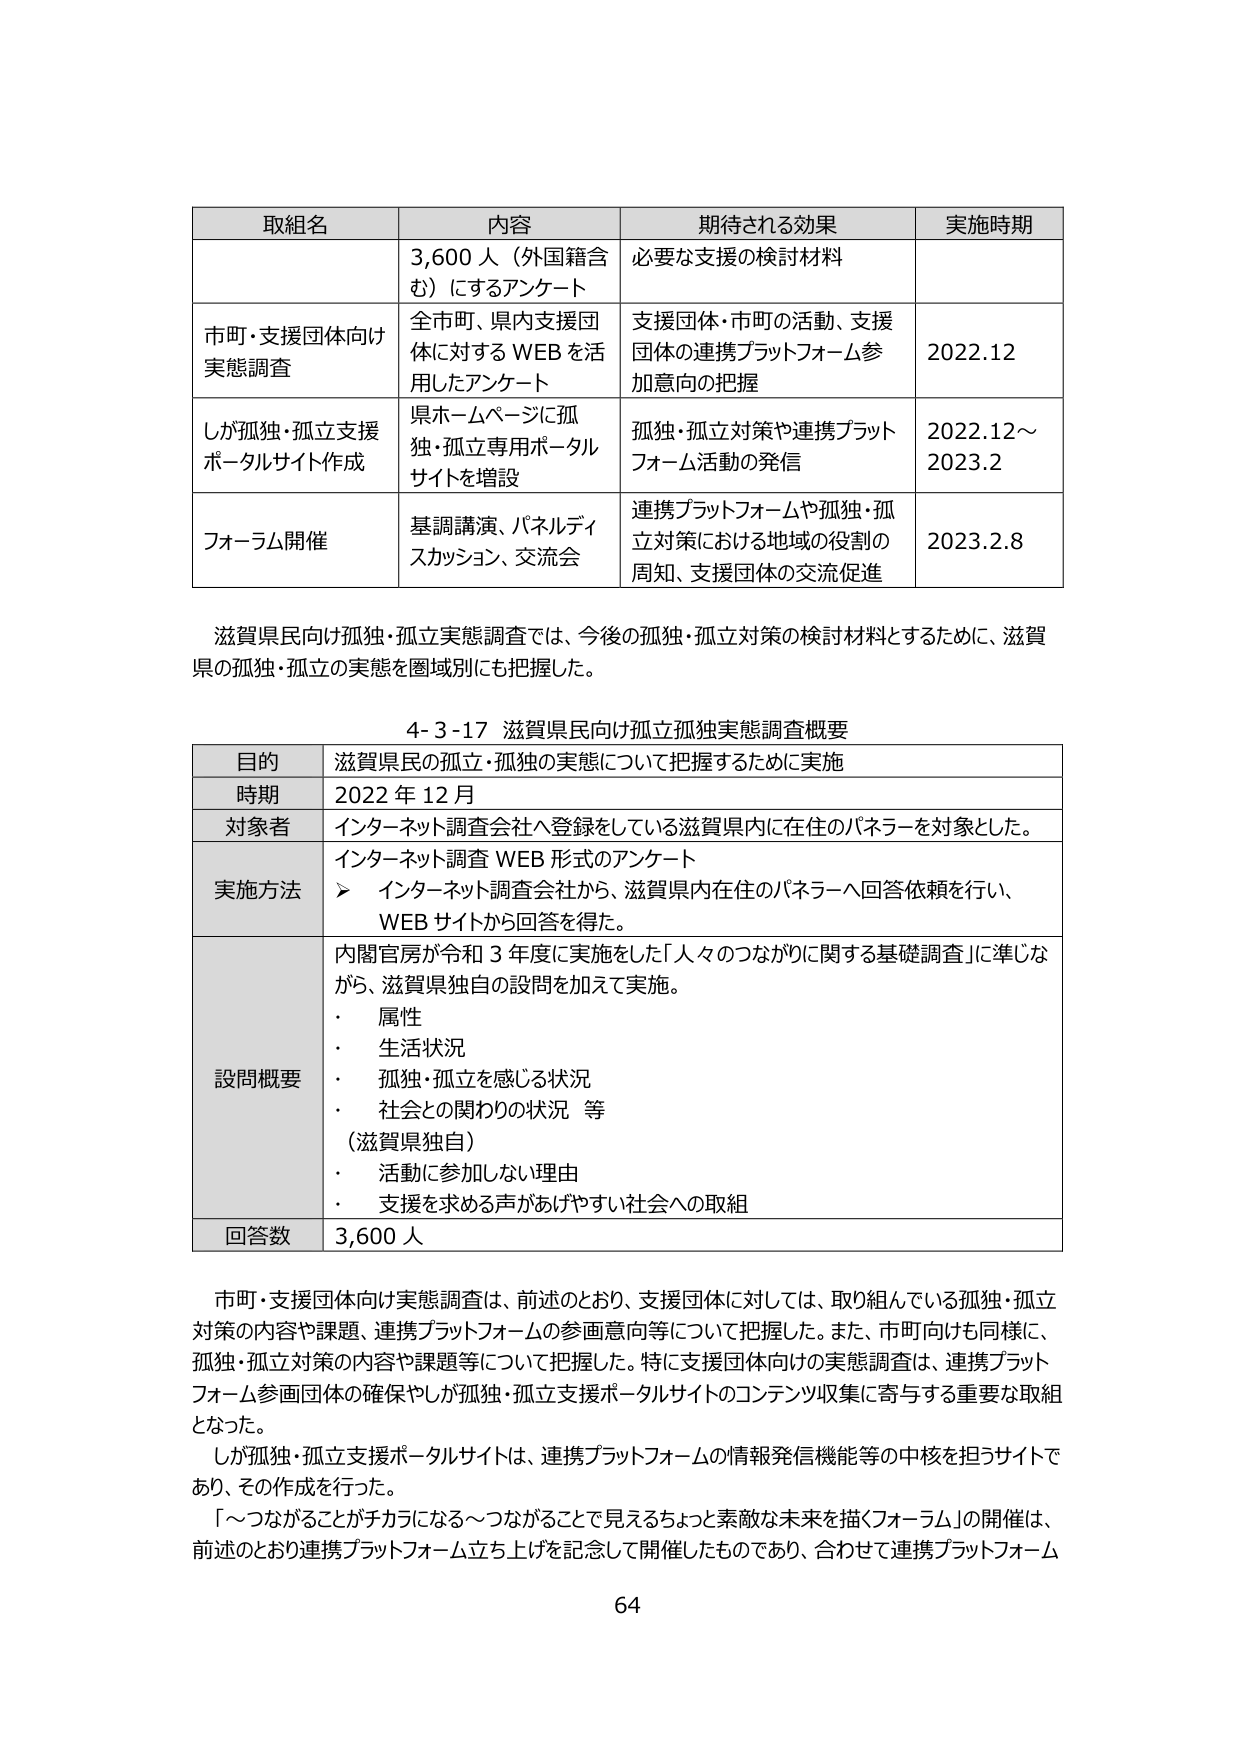
取組名 内容 期待される効果 実施時期
3,600人（外国籍含む）にするアンケート 必要な支援の検討材料
市町・支援団体向け実態調査 全市町、県内支援団体に対するWEBを活用したアンケート 支援団体・市町の活動、支援団体の連携プラットフォーム参加意向の把握 2022.12
しが孤独・孤立支援ポータルサイト作成 県ホームページに孤独・孤立専用ポータルサイトを増設 孤独・孤立対策や連携プラットフォーム活動の発信 2022.12～2023.2
フォーラム開催 基調講演、パネルディスカッション、交流会 連携プラットフォームや孤独・孤立対策における地域の役割の周知、支援団体の交流促進 2023.2.8

滋賀県民向け孤独・孤立実態調査では、今後の孤独・孤立対策の検討材料とするために、滋賀県の孤独・孤立の実態を圏域別にも把握した。

4-3-17 滋賀県民向け孤立孤独実態調査概要
目的 滋賀県民の孤立・孤独の実態について把握するために実施
時期 2022年12月
対象者 インターネット調査会社へ登録をしている滋賀県内に在住のパネラーを対象とした。
実施方法 インターネット調査WEB形式のアンケート
▶ インターネット調査会社から、滋賀県内在住のパネラーへ回答依頼を行い、WEBサイトから回答を得た。
設問概要 内閣官房が令和3年度に実施をした「人々のつながりに関する基礎調査」に準じながら、滋賀県独自の設問を加えて実施。
・ 属性
・ 生活状況
・ 孤独・孤立を感じる状況
・ 社会との関わりの状況 等
（滋賀県独自）
・ 活動に参加しない理由
・ 支援を求める声がおじやすい社会への取組
回答数 3,600人

市町・支援団体向け実態調査は、前述のとおり、支援団体に対しては、取り組んでいる孤独・孤立対策の内容や課題、連携プラットフォームの参画意向等について把握した。また、市町向けも同様に、孤独・孤立対策の内容や課題等について把握した。特に支援団体向けの実態調査は、連携プラットフォーム参画団体の確保やしが孤独・孤立支援ポータルサイトのコンテンツ収集に寄与する重要な取組となった。
しが孤独・孤立支援ポータルサイトは、連携プラットフォームの情報発信機能等の中核を担うサイトであり、その作成を行った。
「～つながることがチカラになる～つながることで見えるちょっと素敵な未来を描くフォーラム」の開催は、前述のとおり連携プラットフォーム立ち上げを記念して開催したものであり、合わせて連携プラットフォーム

64